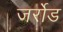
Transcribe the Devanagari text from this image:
जर्रोड